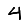
Digit: 4